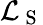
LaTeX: \mathcal{L}_{\mathrm{~S~}}